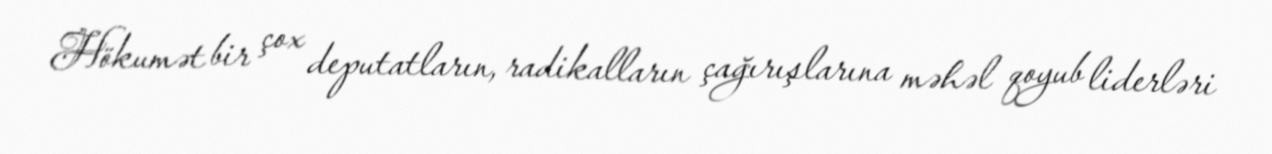
Hökumət bir çox deputatların, radikalların çağırışlarına məhəl qoyub liderləri